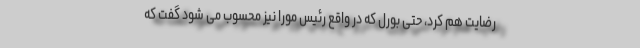
رضایت هم کرد، حتی بورل که در واقع رئیس مورا نیز محسوب می شود گفت که